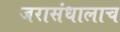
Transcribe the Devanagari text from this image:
जरासंधालाच